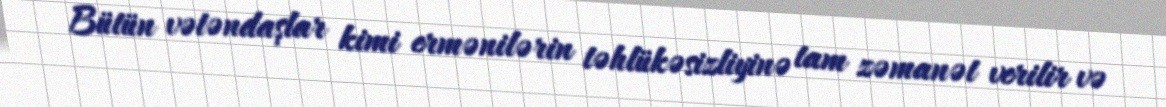
Bütün vətəndaşlar kimi ermənilərin təhlükəsizliyinə tam zəmanət verilir və